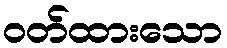
ဝတ်ထားသော